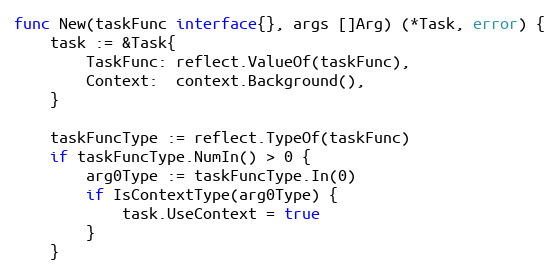
Language: Go
func New(taskFunc interface{}, args []Arg) (*Task, error) {
	task := &Task{
		TaskFunc: reflect.ValueOf(taskFunc),
		Context:  context.Background(),
	}

	taskFuncType := reflect.TypeOf(taskFunc)
	if taskFuncType.NumIn() > 0 {
		arg0Type := taskFuncType.In(0)
		if IsContextType(arg0Type) {
			task.UseContext = true
		}
	}